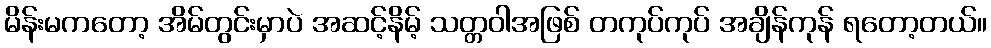
မိန်းမကတော့ အိမ်တွင်းမှာပဲ အဆင့်နိမ့် သတ္တဝါအဖြစ် တကုပ်ကုပ် အချိန်ကုန် ရတော့တယ်။